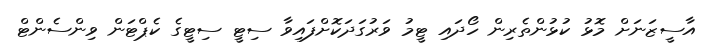
އާސީޒަނަށް މޮޅު ކުޅުންތެރިން ހޯދައި ޓީމު ވަރުގަދަކޮށްފައިވާ ސިޓީ ސިޓީގެ ކެޕްޓަން ވިންސެންޓް